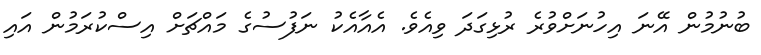
ބުނުމުން އޭނަ އިހުނަށްވުރެ ރުޅިގަދަ ވިއެވެ. އެއާއެކު ނަފުސުގެ މައްޗަށް އިސްކުރަމުން އައި